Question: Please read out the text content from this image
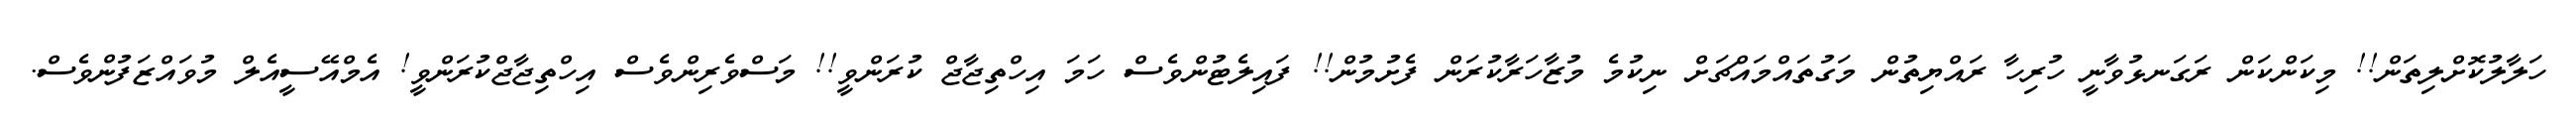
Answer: ހަލާލުކޮށްލިތަން!! މިކަންކަން ރަގަނޅުވާނީ ހުރިހާ ރައްޔިތުން މަގުތައްމައްޗަށް ނިކުމެ މުޒާހަރާކުރަން ފެށުމުން!! ފައިލެޓުންވެސް ހަމަ އިހްތިޖާޖް ކުރަންވީ!! މަސްވެރިންވެސް އިހްތިޖާޖްކުރަންވީ! އެމްއޭސީއެލް މުވައްޒަފުންވެސް.